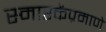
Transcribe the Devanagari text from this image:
स्मारकेंप्रमाणे